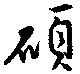
碩